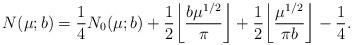
LaTeX: \begin{align*}N(\mu;b)=\frac14N_0(\mu;b)+\frac12\bigg\lfloor \frac{b\mu^{1/2}}{\pi}\bigg\rfloor+\frac12\bigg\lfloor \frac{\mu^{1/2}}{\pi b}\bigg\rfloor-\frac14.\end{align*}